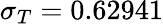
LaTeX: \sigma_{T}=0.62941